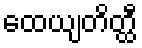
ထေယျတိတ္ထီ